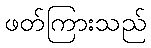
ဖတ်ကြားသည်